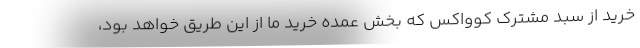
خرید از سبد مشترک کوواکس که بخش عمده خرید ما از این طریق خواهد بود،